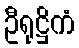
ဦရုဋ္ဌိကံ